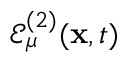
\mathcal { E } _ { \mu } ^ { ( 2 ) } ( \mathbf { x } , t )